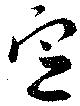
定